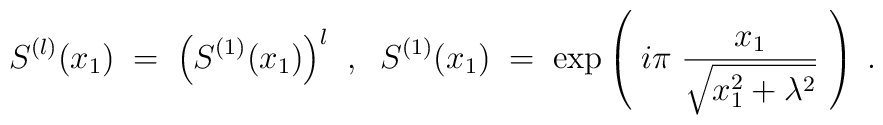
S^{(l)}(x_1) \; = \; \Big(S^{(1)}(x_1)\Big)^l \; \; , \; \;S^{(1)}(x_1) \; = \; \exp\left( \; i \pi \; \frac{x_1}{\sqrt{x_1^2 + \lambda^2}} \; \right) \; .